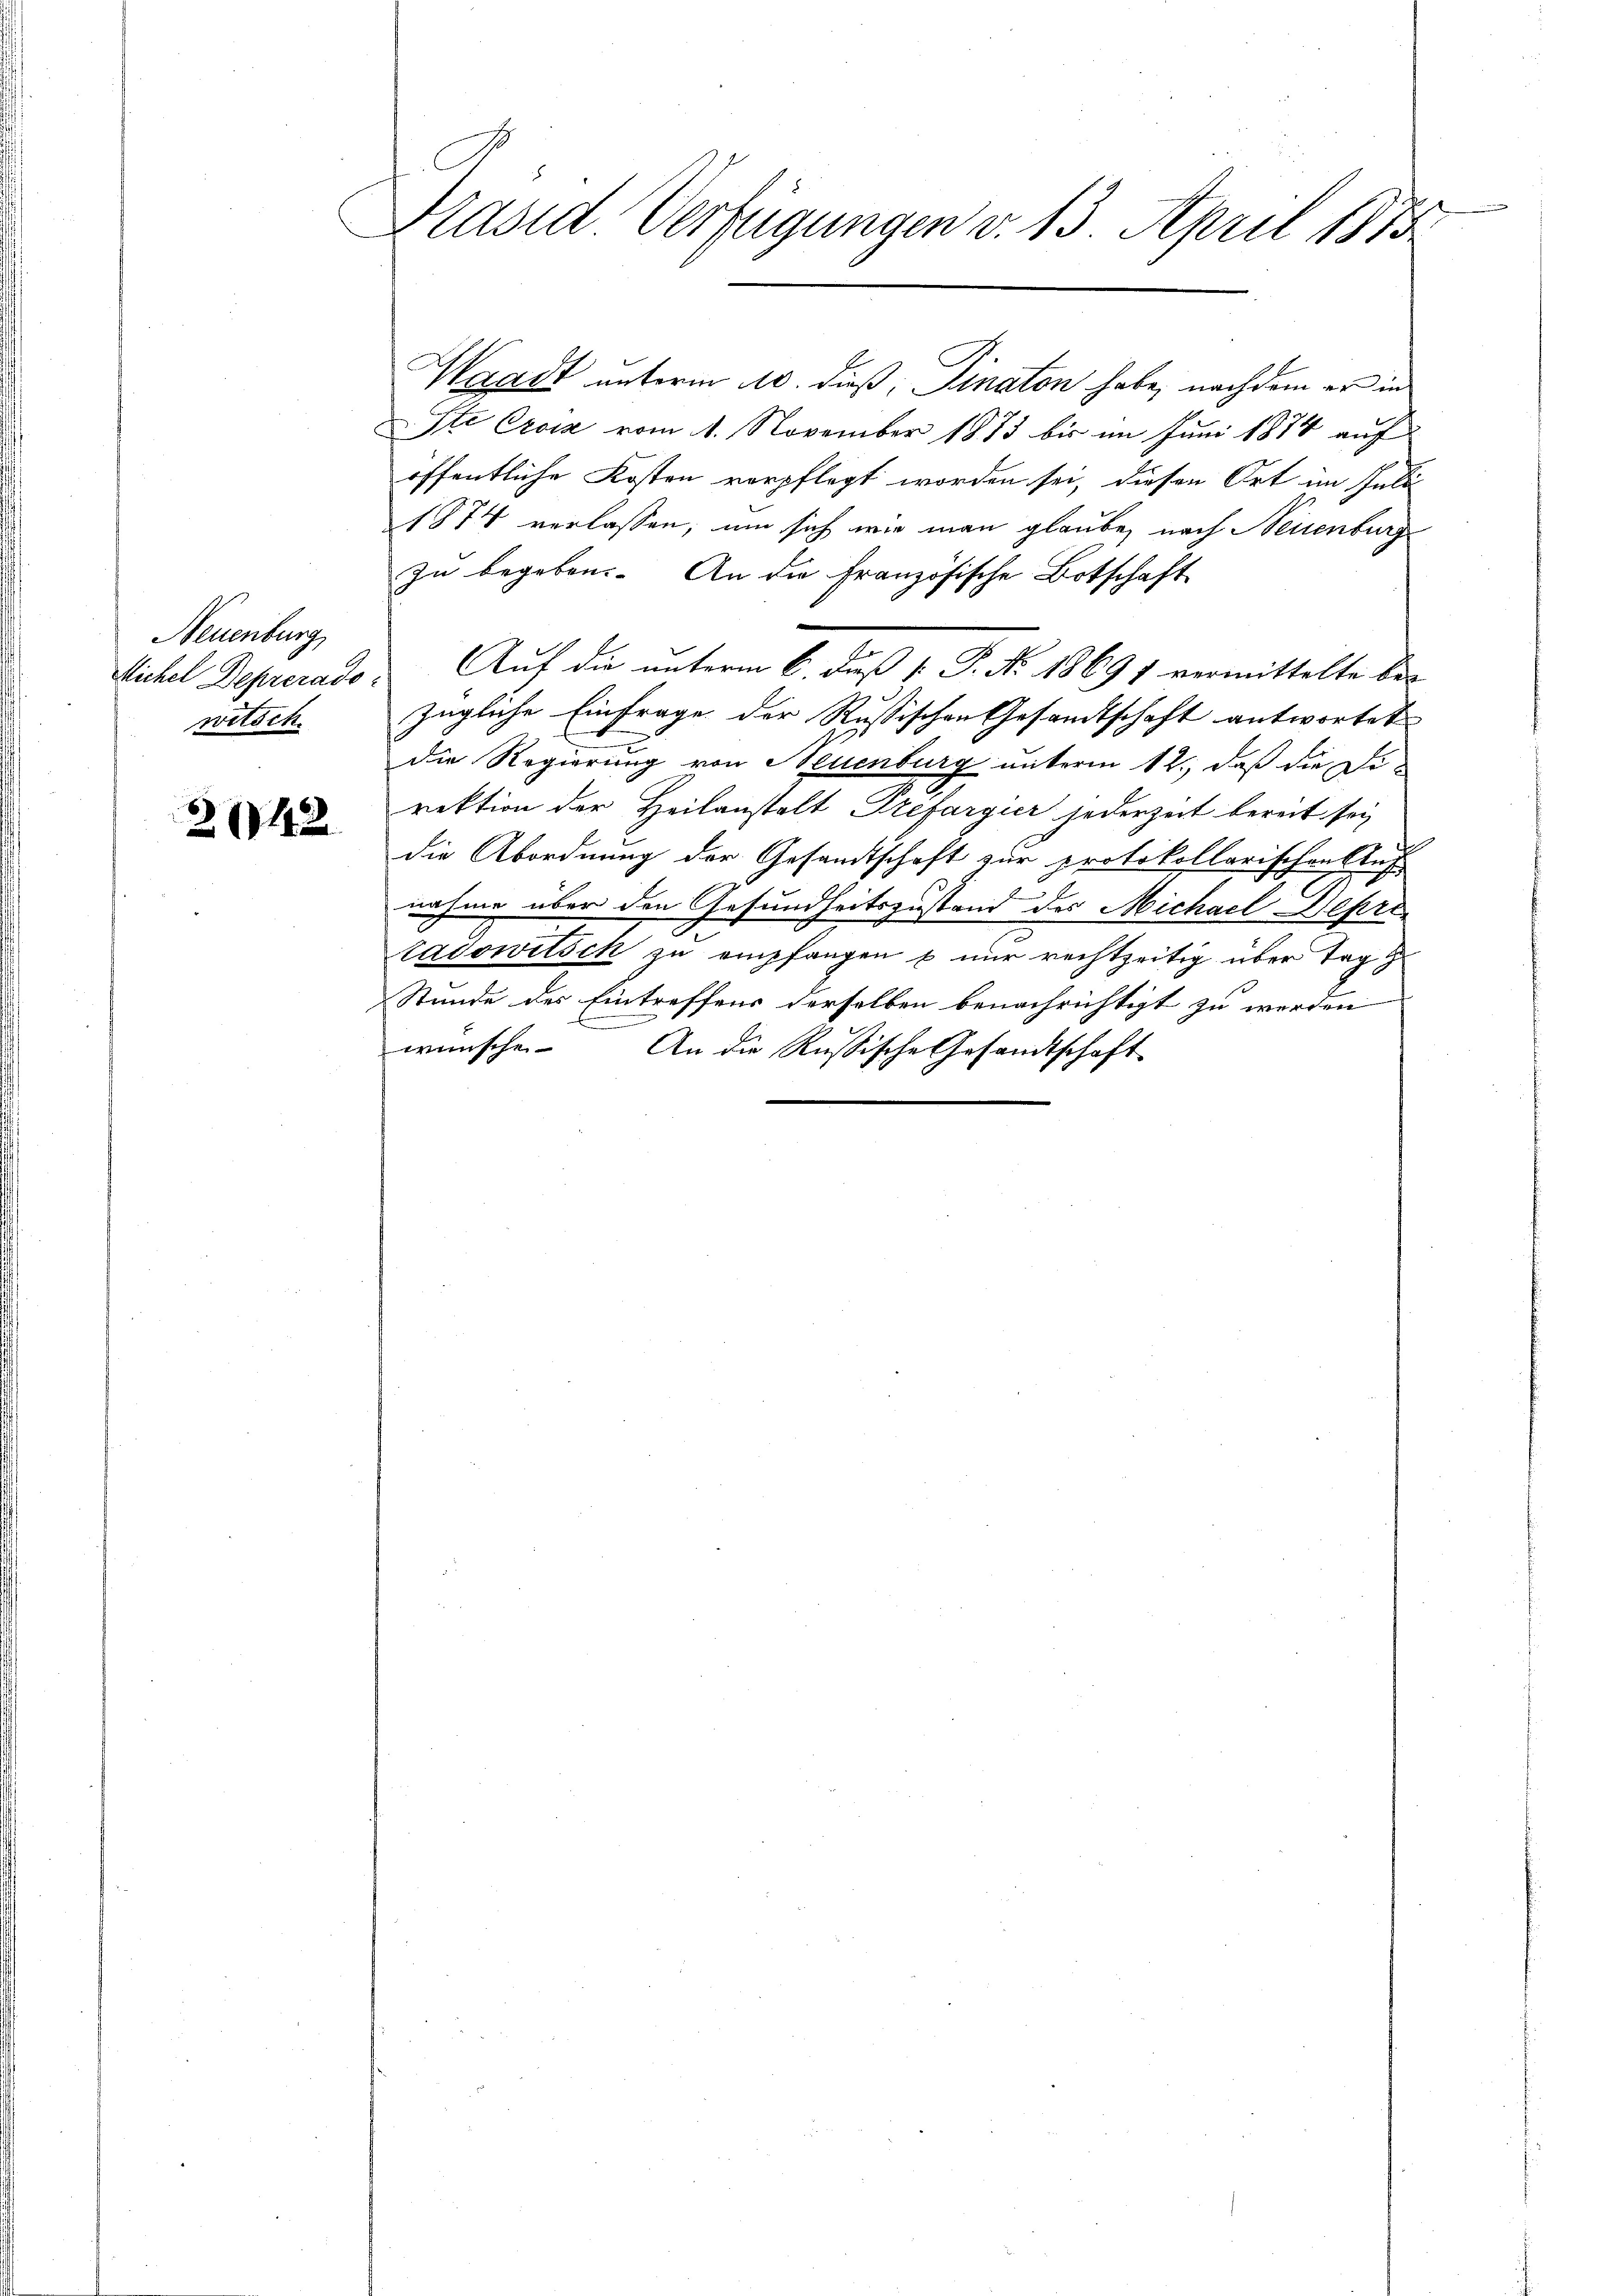
Neuenburg,
Michel Deprerado
witsch

242

Präsid Verfügungen v. 13. April 1873

Waadt unterm 10. dieß, Dinaton habe, nachdem er in
Ste Croix vom 1. November 1873 bis im Juni 1874 auf
öffentliche Kosten verpflegt worden sei, diesen Ort im Juli
1874 verlassen, um sich wie man glaube, nach Neuenburg
zu begeben. An die Französische Botschaft
Auf die unterm 6. Fuß [ P. No 18691 vermittelte be-
zügliche Einfrage der Russischen Gesandtschaft antwortet
die Regierung von Neuenburg unterm 12., daß die Direktion der Heilanstalt Prefargier jederzeit bereit sei
die Abordnung der Gesamtschaft zur protokollarischen Auf
nahme über den Gesundheitszustand des Michael Depre
tadowitsch zu empfangen & nur rechtzeitig über Tag
Stunde des Eintreffens derselben benachrichtigt zu werden
wünsche. An die Russische Gesandtschaft